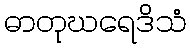
ဓာတုဃရေဒိသံ